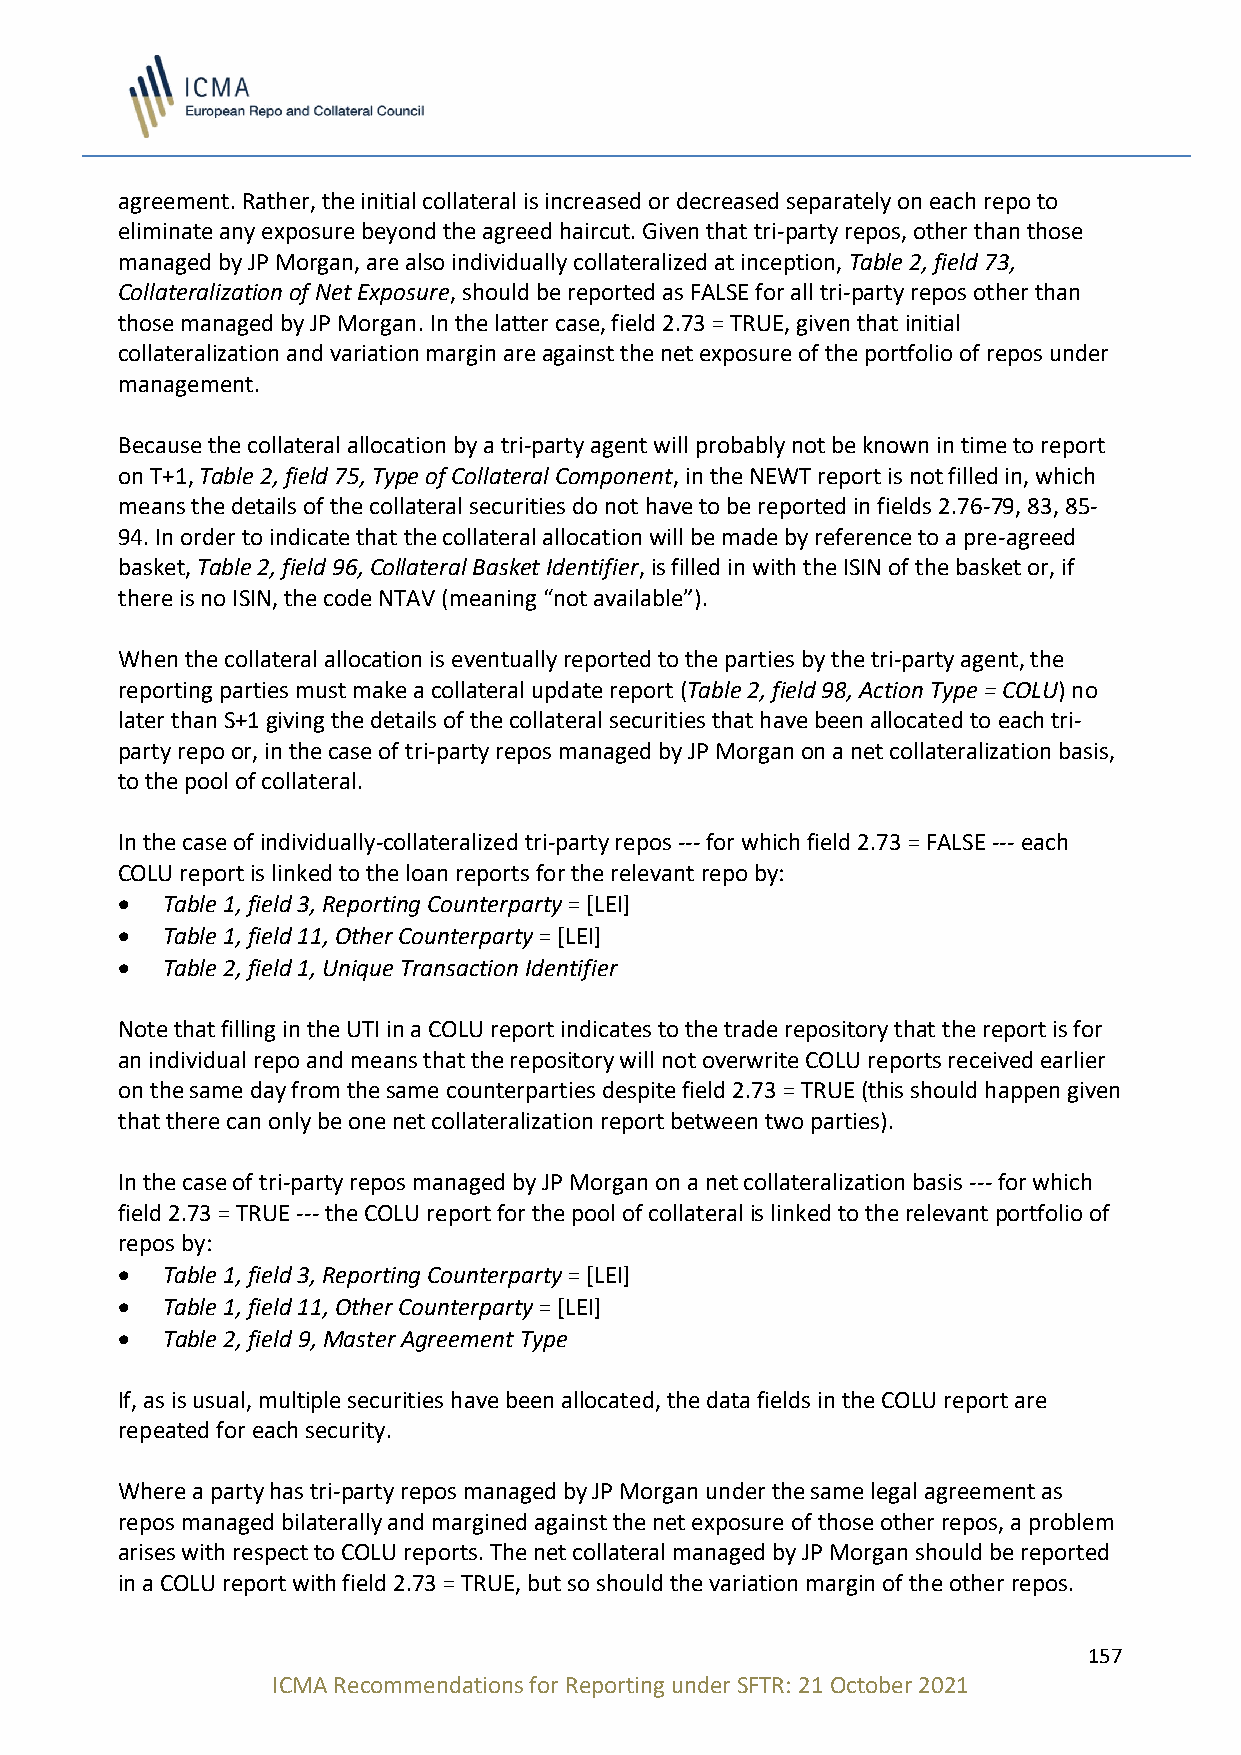
agreement. Rather, the initial collateral is increased or decreased separately on each repo to
 eliminate any exposure beyond the agreed haircut. Given that tri-party repos, other than those
 managed by JP Morgan, are also individually collateralized at inception, Table 2, field 73,
 Collateralization of Net Exposure, should be reported as FALSE for all tri-party repos other than
 those managed by JP Morgan. In the latter case, field 2.73 = TRUE, given that initial
 collateralization and variation margin are against the net exposure of the portfolio of repos under
 management.
 Because the collateral allocation by a tri-party agent will probably not be known in time to report
 on T+1, Table 2, field 75, Type of Collateral Component, in the NEWT report is not filled in, which
 means the details of the collateral securities do not have to be reported in fields 2.76-79, 83, 85-
 94. In order to indicate that the collateral allocation will be made by reference to a pre-agreed
 basket, Table 2, field 96, Collateral Basket Identifier, is filled in with the ISIN of the basket or, if
 there is no ISIN, the code NTAV (meaning “not available”).
 When the collateral allocation is eventually reported to the parties by the tri-party agent, the
 reporting parties must make a collateral update report (Table 2, field 98, Action Type = COLU) no
 later than S+1 giving the details of the collateral securities that have been allocated to each tri-
 party repo or, in the case of tri-party repos managed by JP Morgan on a net collateralization basis,
 to the pool of collateral.
 In the case of individually-collateralized tri-party repos --- for which field 2.73 = FALSE --- each
 COLU report is linked to the loan reports for the relevant repo by:
 •  Table 1, field 3, Reporting Counterparty = [LEI]
 •  Table 1, field 11, Other Counterparty = [LEI]
 •  Table 2, field 1, Unique Transaction Identifier
 Note that filling in the UTI in a COLU report indicates to the trade repository that the report is for
 an individual repo and means that the repository will not overwrite COLU reports received earlier
 on the same day from the same counterparties despite field 2.73 = TRUE (this should happen given
 that there can only be one net collateralization report between two parties).
 In the case of tri-party repos managed by JP Morgan on a net collateralization basis --- for which
 field 2.73 = TRUE --- the COLU report for the pool of collateral is linked to the relevant portfolio of
 repos by:
 •  Table 1, field 3, Reporting Counterparty = [LEI]
 •  Table 1, field 11, Other Counterparty = [LEI]
 •  Table 2, field 9, Master Agreement Type
 If, as is usual, multiple securities have been allocated, the data fields in the COLU report are
 repeated for each security.
 Where a party has tri-party repos managed by JP Morgan under the same legal agreement as
 repos managed bilaterally and margined against the net exposure of those other repos, a problem
 arises with respect to COLU reports. The net collateral managed by JP Morgan should be reported
 in a COLU report with field 2.73 = TRUE, but so should the variation margin of the other repos.
 157
 ICMA Recommendations for Reporting under SFTR: 21 October 2021